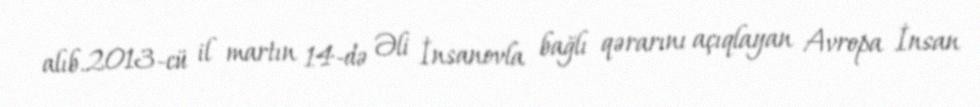
alıb.2013-cü il martın 14-də Əli İnsanovla bağlı qərarını açıqlayan Avropa İnsan